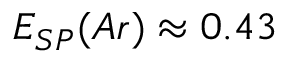
E _ { S P } ( A r ) \approx 0 . 4 3